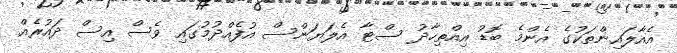
އެއާލައިންތަކުގެ އެންމެ ބޮޑު އިއްތިހާދު ސްޓާ އެލަޔަންސް އުފެއްދުމުގައި ވެސް އިސް ދައުރެއް